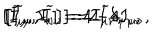
LaTeX: \left[ \widetilde { I } _ { \mu } , I _ { \nu } \right] = 2 \widetilde { I } \delta _ { \mu \nu } , \hspace { 0 . 3 i n } \left[ I _ { \mu } , I _ { \nu } \right] = 4 I _ { \mu \nu } , \hspace { 0 . 3 i n } \left[ \widetilde { I } _ { \mu } , \widetilde { I } _ { \nu } \right] = - 4 I _ { \mu \nu } ,